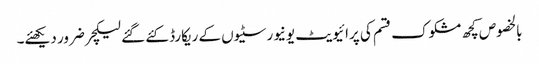
بالخصوص کچھ مشکوک قسم کی پرائیویٹ یونیورسٹیوں کے ریکارڈ کئے گئے لیکچر ضرور دیکھئے۔